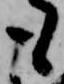
も